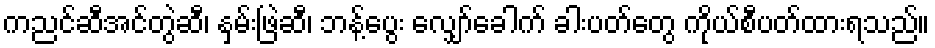
ကညင်ဆီအင်တွဲဆီ၊ နှမ်းဖြဲဆီ၊ ဘန့်ပွေး လျှော်ခေါက် ခါးပတ်တွေ ကိုယ်စီပတ်ထားရသည်။